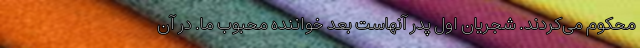
محکوم می‌کردند. شجریان اول پدر آنهاست بعد خواننده محبوب ما. در آن